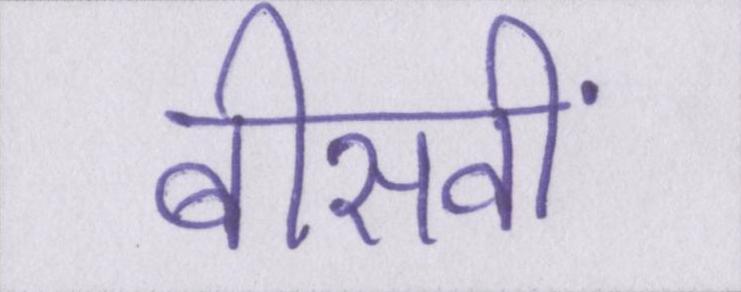
बीसवीं